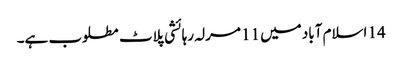
14 اسلام آباد میں 11 مرلہ رہائشی پلاٹ مطلوب ہے۔